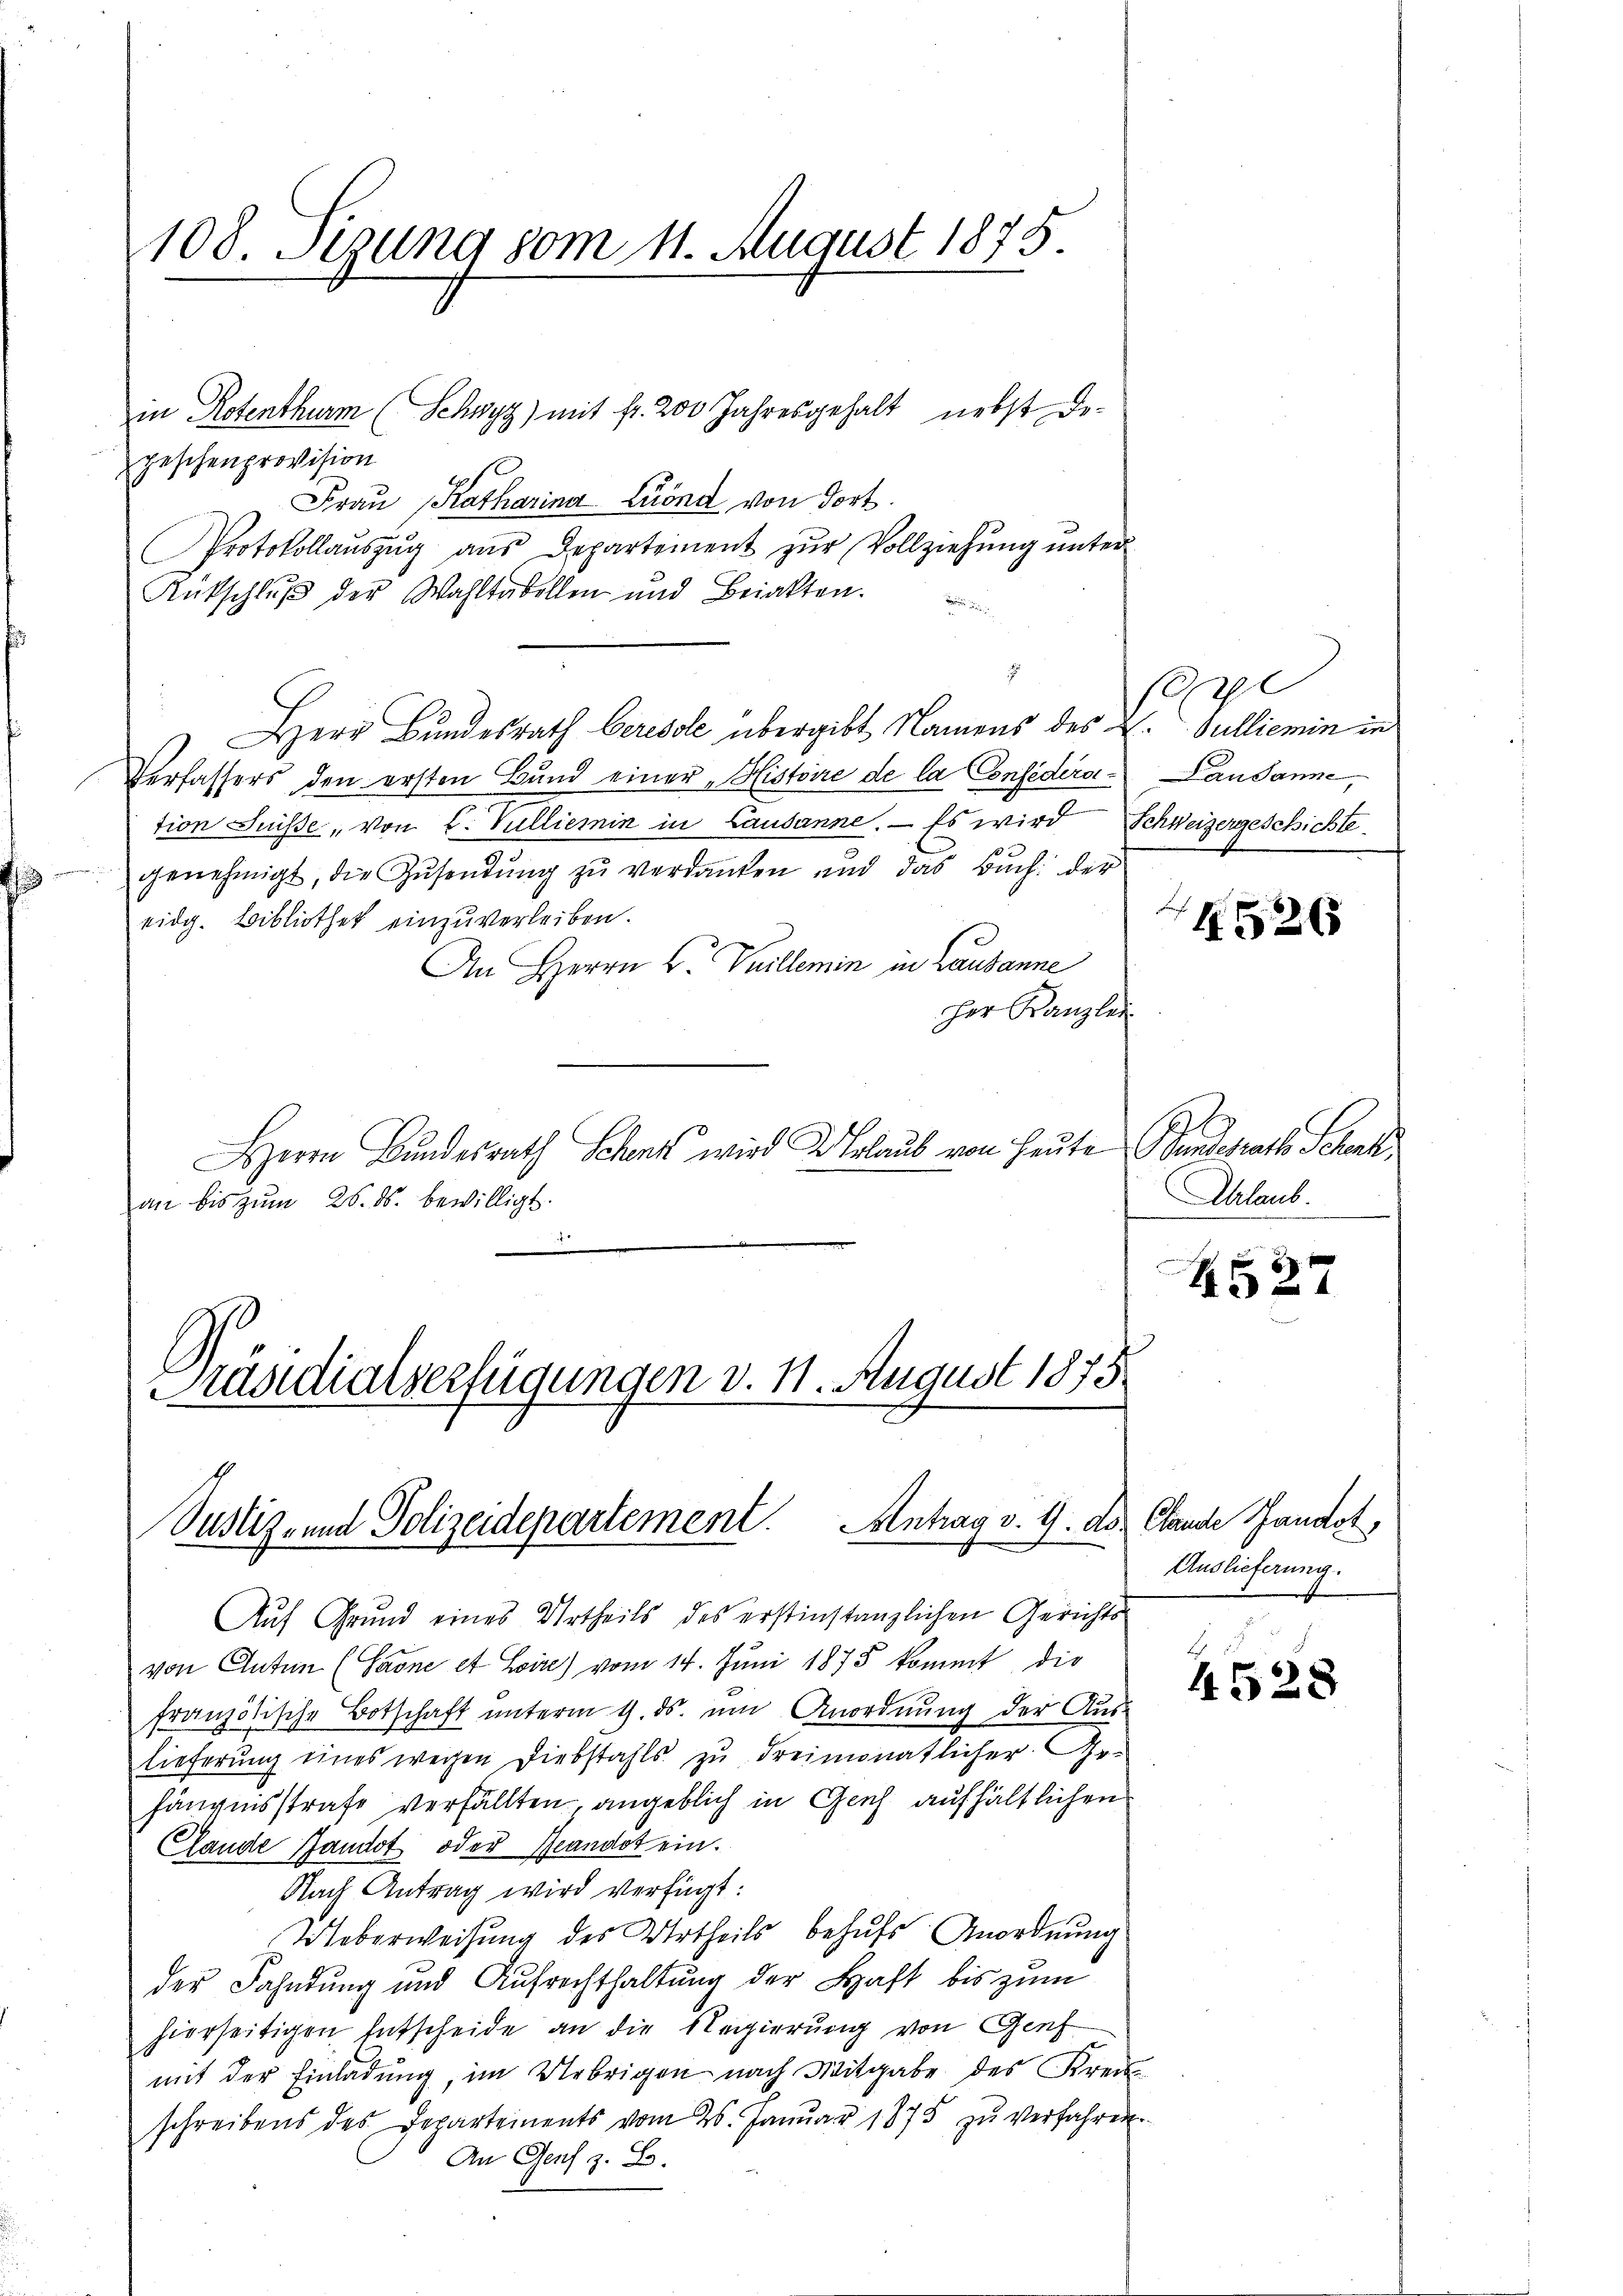
108. Sezung vom 11. August 1875.

in Rotenthurm (Schwyz) mit fr. 200 Jahresgehalt nebst De-
geschenprovision
Frau Katharina Liond von dort.
Protokollaŭszŭg aŭs Departement zŭr Vollziehŭng ŭnter
Rükschlŭβ der Wahltabellen und Beiakten.
.
Herr Bundesrath Ceresole übergibt Namens des L. Sulliemin in
Verfassers den ersten Bund einer „Histoire de la Confederas Landanne,
tion Suisse, von L. Vulliemin in Lausanne. — Es wird Schweizergeschichte
genehmigt, die Zŭsendŭng zŭ verdanken und das Buch: der
eidg. Bibliothek einzuverleiben.
An Herrn H. Vuillemin in Lausanne
her Kanzlei
HHerrn Bundesrath Schenk wird U. Erlaub von Heute andesrath Schenk
an bis zum 26. ds. bewilligt.
—
Präsidialverfügungen v. 11. August 1875.

Justiz- und Polizeidepartement. Antrag v. 4. ds. Clande Gandot,

g

Auf Grund eines Urtheils des erstinstanzlichen Gerichts
von Inten (Saone et Leire) vom 14. Juni 1875 kommt, die
französische Botschaft ŭnterm 9. ds. ŭm Anordnung der Aus-
lieferung eines wegen Diebstahls zu dreimonatlicher Ge-
hängnisstrafe verfällten angeblich in Geich aufhältlichen
Clande Jandot oder Beandot ein.
Nach Antrag wird verfügt:
Ueberweisung des Urtheils behufs Anordnung
der Fahndung und Aufrechthaltung der Haft bis zum
hierseitigen Entscheide an die Regierung von Genf
mit der Einladung, im Uebrigen nach Mitgabe des Kreis
schreibens des Departements vom 26. Januar 1875 zu verfahren
An Genf z. B.

4526

Dhlaub.

d
Ha 24

Auslieferung.

4528